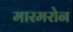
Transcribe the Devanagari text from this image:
मारमरोन